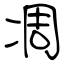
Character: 凋